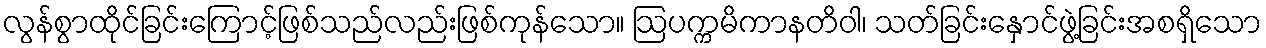
လွန်စွာထိုင်ခြင်းကြောင့်ဖြစ်သည်လည်းဖြစ်ကုန်သော။ ဩပက္ကမိကာနတိဝါ၊ သတ်ခြင်းနှောင်ဖွဲ့ခြင်းအစရှိသော